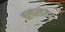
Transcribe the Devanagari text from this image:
चलारहेये।